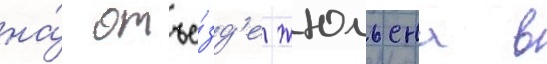
на́ отъе́зд'е жюльена в